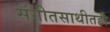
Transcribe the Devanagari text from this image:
संगीतसाथीतही